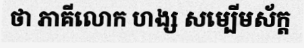
ថា ភាគីលោក ហង្ស សម្បើមស័ក្ត